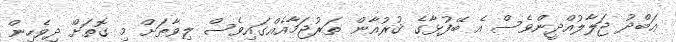
ޢަބްދު ޖަލާލުއްދީންވެސް އެ ބޭފުޅާގެ ޤުރުއާން ތަރުޖަމާއެއްގައިވެސް ލިވާޠަށް މި ގޮތަށް ދިވެހިން